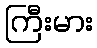
ကြီးမား